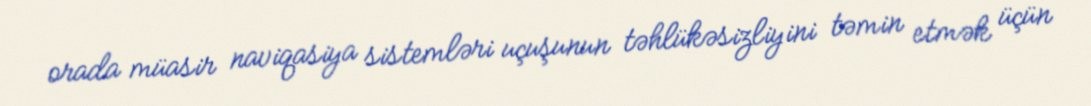
orada müasir naviqasiya sistemləri uçuşunun təhlükəsizliyini təmin etmək üçün